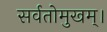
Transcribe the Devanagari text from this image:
सर्वतोमुखम्।